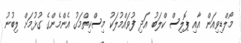
މޯލްޑިވިއަން އާއި ޕޮލިސް ކްލަބު އަދި ފުވައްމުލަކު މިސްކިތްމަގު އެންމެންގެ ގުޅުމަށް ލިބުނު